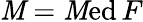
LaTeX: \mathit{M}=\mathop{\mathrm{{\mathit{M}ed}}}F